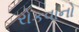
રોકવાનો